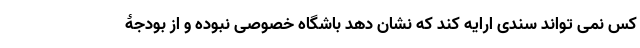
کس نمی تواند سندی ارایه کند که نشان دهد باشگاه خصوصی نبوده و از بودجۀ